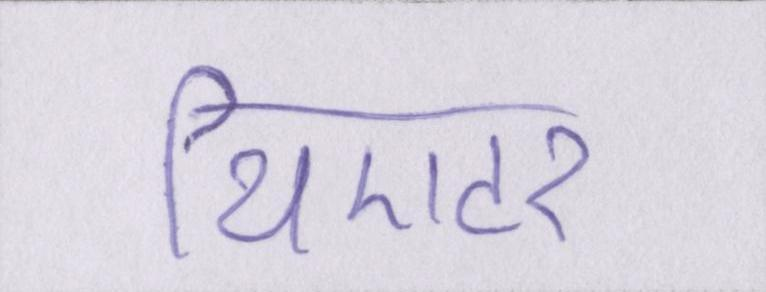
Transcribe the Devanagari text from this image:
थिएटर